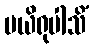
ပယိရုပါသိံ